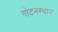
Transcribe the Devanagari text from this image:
गोटनस्थान